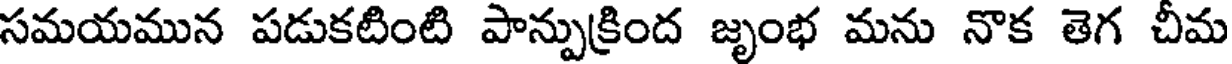
సమయమున పడుకటింటి పాన్పుక్రింద జృంభ మను నొక తెగ చీమ